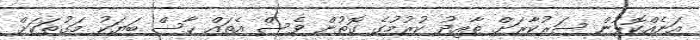
އަނެއްކޮޅުން ސަރުކާރަށް ތާއިދު ކުރުމުގެ ގޮތުން ވެސް އެތައް ހާސް ބަޔަކު މަގުތަކަށް